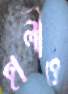
হালীও